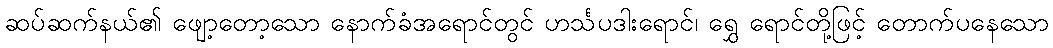
ဆပ်ဆက်နယ်၏ ဖျော့တော့သော နောက်ခံအရောင်တွင် ဟင်္သပဒါးရောင်၊ ရွှေ ရောင်တို့ဖြင့် တောက်ပနေသော